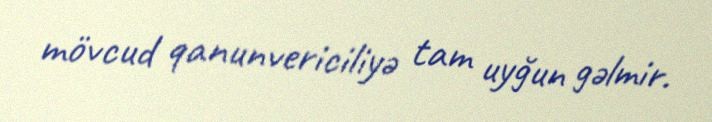
mövcud qanunvericiliyə tam uyğun gəlmir.